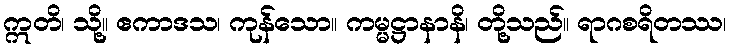
ဣတိ၊ သို့။ ဧကာဒသ၊ ကုန်သော။ ကမ္မဋ္ဌာနာနိ၊ တို့သည်။ ရာဂစရိတဿ၊